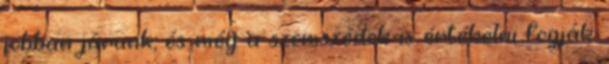
jobban járunk, és még a szomszédok is értékelni fogják.